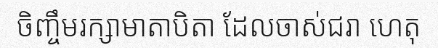
ចិញ្ចឹមរក្សាមាតាបិតា ដែលចាស់ជរា ហេតុ